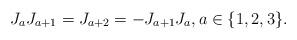
LaTeX: \begin{align*}J_aJ_{a+1}=J_{a+2}=-J_{a+1}J_a, a\in\{1,2,3\}. \end{align*}